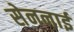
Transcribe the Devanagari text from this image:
सेननाई